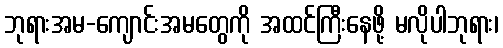
ဘုရားအမ-ကျောင်းအမတွေကို အထင်ကြီးနေဖို့ မလိုပါဘုရား၊